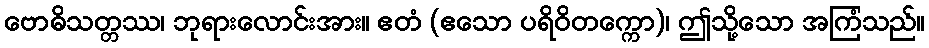
ဗောဓိသတ္တဿ၊ ဘုရားလောင်းအား။ ဧတံ (ဧသော ပရိဝိတက္ကော)၊ ဤသို့သော အကြံသည်။